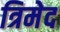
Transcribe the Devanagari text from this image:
त्रिमेद